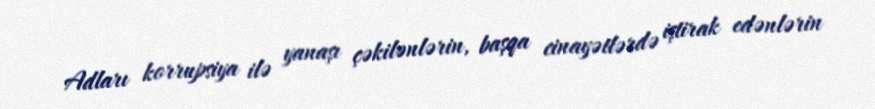
Adları korrupsiya ilə yanaşı çəkilənlərin, başqa cinayətlərdə iştirak edənlərin